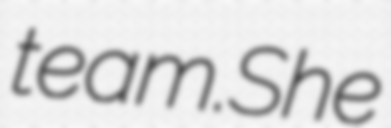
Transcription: team.She